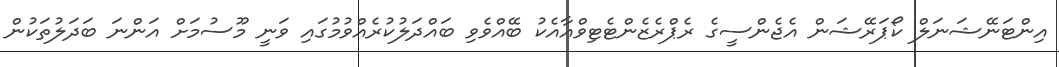
އިންޓަނޭޝަނަލް ކޯޕަރޭޝަން އެޖެންސީގެ ރެޕްރެޒެންޓެޓިވްއާއެކު ބޭއްވެވި ބައްދަލުކުރެއްވުމުގައި ވަނީ މޫސުމަށް އަންނަ ބަދަލުތަކުން